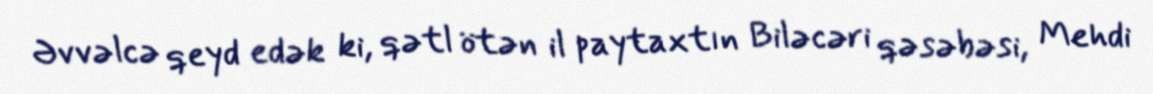
Əvvəlcə qeyd edək ki, qətl ötən il paytaxtın Biləcəri qəsəbəsi, Mehdi